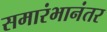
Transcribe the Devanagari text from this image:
समारंभानंतर